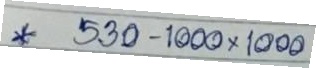
* 530 - 1000 x 1000